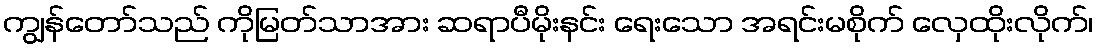
ကျွန်တော်သည် ကိုမြတ်သာအား ဆရာပီမိုးနင်း ရေးသော အရင်းမစိုက် လှေထိုးလိုက်၊